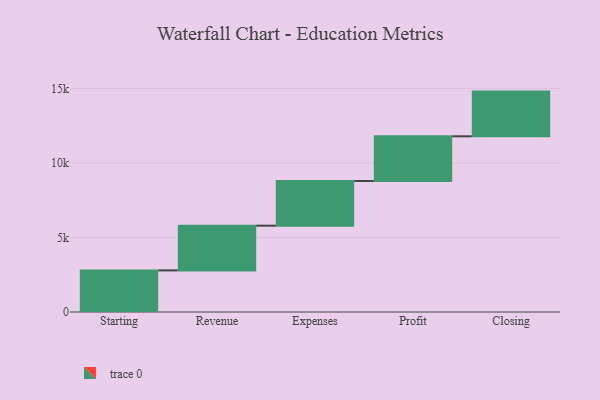
{"axis": {"x": "Step", "y": "Value"}, "legend": [""], "data": [{"x": "Starting", "y": 2794.0, "type": ""}, {"x": "Revenue", "y": 3000, "type": ""}, {"x": "Expenses", "y": 3000, "type": ""}, {"x": "Profit", "y": 3000, "type": ""}, {"x": "Closing", "y": 3000, "type": ""}]}